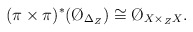
\begin{align*}(\pi \times \pi)^*( \O_{\Delta_Z}) \cong \O_{X \times_Z X}.\end{align*}